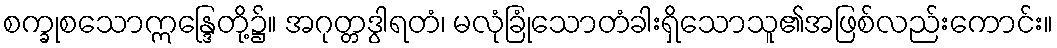
စက္ခုစသောဣန္ဒြေတို့၌။ အဂုတ္တဒွါရတံ၊ မလုံခြုံသောတံခါးရှိသောသူ၏အဖြစ်လည်းကောင်း။